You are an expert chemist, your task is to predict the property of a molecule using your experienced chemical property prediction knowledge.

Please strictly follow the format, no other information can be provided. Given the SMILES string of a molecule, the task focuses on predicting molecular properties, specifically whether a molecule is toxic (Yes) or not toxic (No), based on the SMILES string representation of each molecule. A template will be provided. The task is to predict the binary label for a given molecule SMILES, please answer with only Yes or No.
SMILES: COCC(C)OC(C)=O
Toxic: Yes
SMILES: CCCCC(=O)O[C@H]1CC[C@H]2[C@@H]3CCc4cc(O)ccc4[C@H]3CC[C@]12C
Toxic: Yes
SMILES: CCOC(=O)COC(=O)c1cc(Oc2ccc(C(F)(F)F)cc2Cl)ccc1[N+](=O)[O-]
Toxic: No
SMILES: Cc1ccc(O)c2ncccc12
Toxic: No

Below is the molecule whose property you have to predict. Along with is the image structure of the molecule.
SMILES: Cc1cccc(OCCOc2cccc(C)c2)c1
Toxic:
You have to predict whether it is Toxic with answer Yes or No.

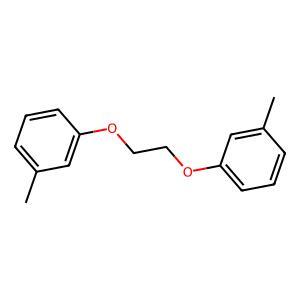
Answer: No